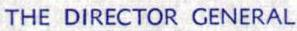
THE DIRECTOR GENERAL